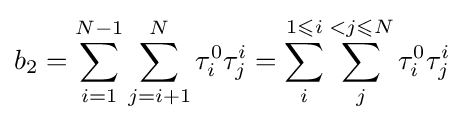
b_{2}=\sum _{i=1}^{N-1}\sum _{j=i+1}^{N}\tau _{i}^{0}\tau _{j}^{i}=\sum _{i}^{1\leqslant i}\sum _{j}^{<j\leqslant N}\tau _{i}^{0}\tau _{j}^{i}